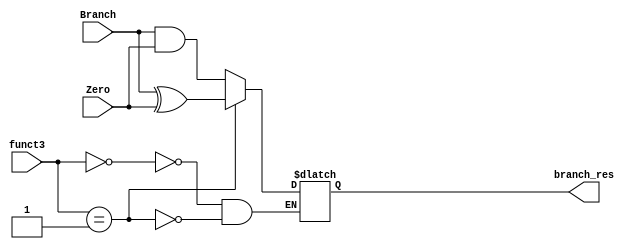
module MUX_Branch(
    input Branch, Zero,
    input [2:0] funct3,
    output reg branch_res
);

wire temp_beq = Branch & Zero;
wire temp_bne = Branch ^ Zero;

assign temp_beq = Branch & Zero;
always @(*) begin 
    case(funct3)
        3'b000: branch_res <= temp_beq;
        3'b001: branch_res <= temp_bne;
    endcase
end

endmodule